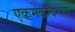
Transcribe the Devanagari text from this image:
एकमेकांवरचा